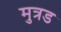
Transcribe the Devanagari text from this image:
मुत्रड